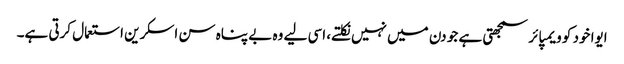
ایوا خود کو ویمپائر سمجھتی ہے جو دن میں نہیں نکلتے، اسی لیے وہ بے پناہ سن اسکرین استعمال کرتی ہے۔